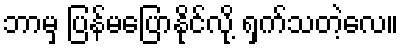
ဘာမှ ပြန်မပြောနိုင်လို့ ရှက်သတဲ့လေ။